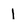
Character: 1